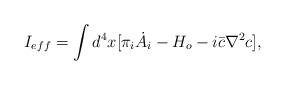
LaTeX: \begin{align*}I_{eff} = \int d^4 x [\pi_i \dot{A_{i}} - H_o - i\bar{c}\nabla^{2}c],\end{align*}